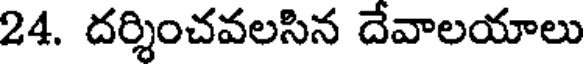
24. దర్శించవలసిన దేవాలయాలు